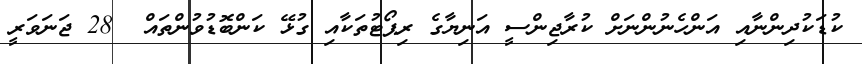
ކުޑަކުދިންނާއި އަންހެނުންނަށް ކުރާޖިންސީ އަނިޔާގެ ރިޕޯޓުތަކާއި ގުޅޭ ކަންބޮޑުވުންތައް  28 ޖަނަވަރީ